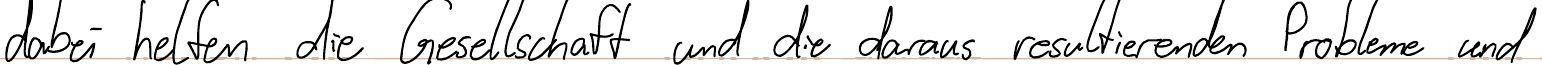
dabei helfen die Gesellschaft und die daraus resultierenden Probleme und